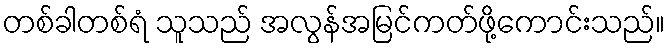
တစ်ခါတစ်ရံ သူသည် အလွန်အမြင်ကတ်ဖို့ကောင်းသည်။